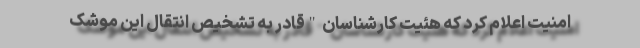
امنیت اعلام کرد که هئیت کارشناسان "قادر به تشخیص انتقال این موشک